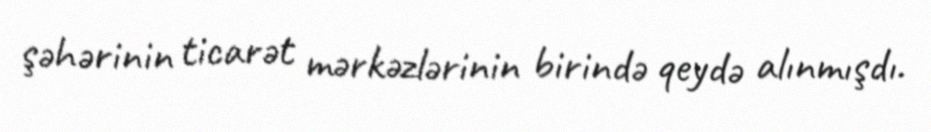
şəhərinin ticarət mərkəzlərinin birində qeydə alınmışdı.